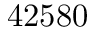
4 2 5 8 0